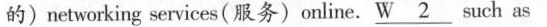
的)networking services(服务)online.W \underline2 such as